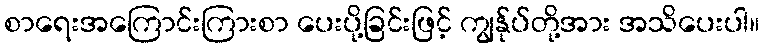
စာရေးအကြောင်းကြားစာ ပေးပို့ခြင်းဖြင့် ကျွန်ုပ်တို့အား အသိပေးပါ။